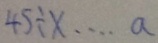
4 5 \div x \cdots a